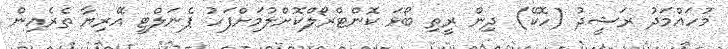
މުހައްމަދު ރަޝީދު (ހޮކޭ) ދިން ރީތި ބޯޅަ ކޮންޓްރޯލްކޮށްލުމަށްފަހު ޕެނަލްޓީ އޭރިޔާ ތެރެއިން